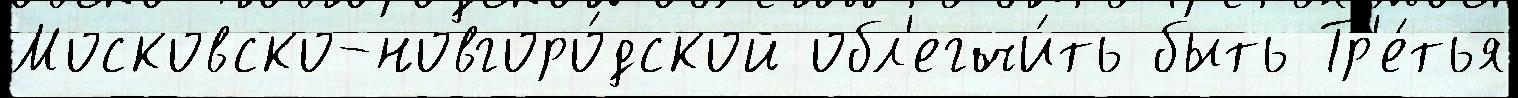
Московско-новгоро́дской обл'егчи́ть быть Тр'е́тья